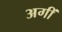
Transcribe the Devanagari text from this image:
अगीं